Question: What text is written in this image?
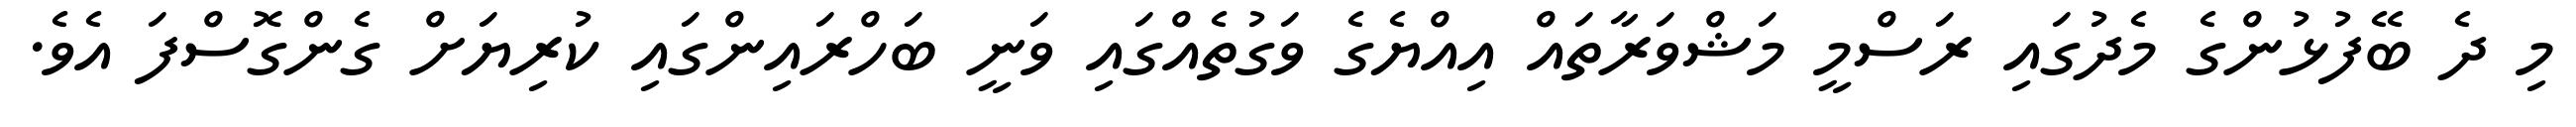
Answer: މި ދެ ބޭފުޅުންގެ މެދުގައި ރަސްމީ މަޝްވަރާތައް އިއްޔެގެ ވަގުތެއްގައި ވަނީ ބަހްރައިންގައި ކުރިޔަށް ގެންގޮސްފަ އެވެ.